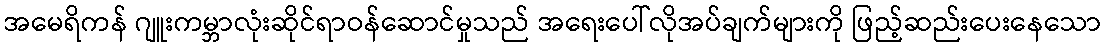
အမေရိကန် ဂျူးကမ္ဘာလုံးဆိုင်ရာဝန်ဆောင်မှုသည် အရေးပေါ်လိုအပ်ချက်များကို ဖြည့်ဆည်းပေးနေသော